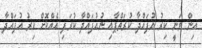
އިން ވަނީ ކިރު އުފައްދާ ކުރަތްޕާއި ނުއުފައްދާ ކުރަފި އެއްކޮށް ކިރު އުފައްދާ